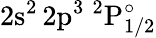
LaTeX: \mathrm{2s^{2}\, 2p^{3}~^{2}P_{1/2}^{\circ}}